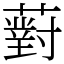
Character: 薱